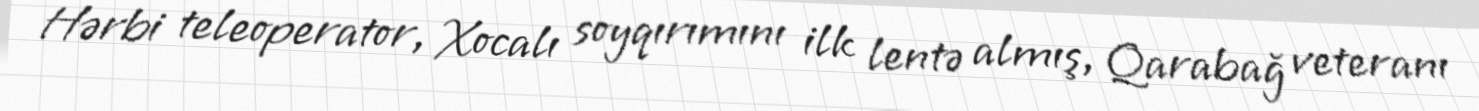
Hərbi teleoperator, Xocalı soyqırımını ilk lentə almış, Qarabağ veteranı